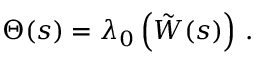
\Theta ( s ) = \lambda _ { 0 } \left( \tilde { W } ( s ) \right) \, .